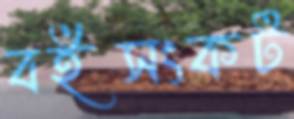
বইসংকট